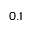
0 . 1